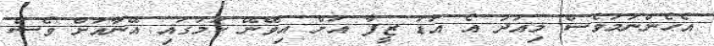
އެހެންނަމަވެސް މިއަދު އެ އަޑު ޒީފާ އަށް އިވޭނޭ ކަމުގައި އޭނާއަށް ވެސް